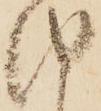
由